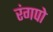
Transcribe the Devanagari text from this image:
रंगपो